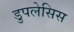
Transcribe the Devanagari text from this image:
डुपलेसिस